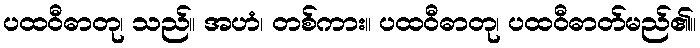
ပထဝီဓာတု၊ သည်။ အဟံ၊ တစ်ကား။ ပထဝီဓာတု၊ ပထဝီဓာတ်မည်၏။